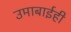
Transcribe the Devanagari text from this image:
उमाबाईही